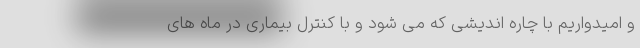
و امیدواریم با چاره اندیشی که می شود و با کنترل بیماری در ماه های